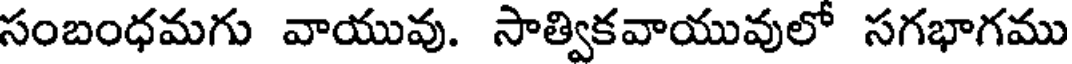
సంబంధమగు వాయువు. సాత్వికవాయువులో సగభాగము